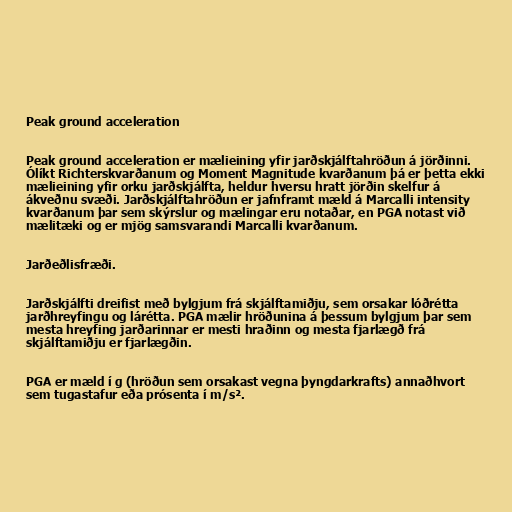
Peak ground acceleration

Peak ground acceleration er mælieining yfir jarðskjálftahröðun á jörðinni.
Ólíkt Richterskvarðanum og Moment Magnitude kvarðanum þá er þetta ekki
mælieining yfir orku jarðskjálfta, heldur hversu hratt jörðin skelfur á
ákveðnu svæði. Jarðskjálftahröðun er jafnframt mæld á Marcalli intensity
kvarðanum þar sem skýrslur og mælingar eru notaðar, en PGA notast við
mælitæki og er mjög samsvarandi Marcalli kvarðanum.

Jarðeðlisfræði.

Jarðskjálfti dreifist með bylgjum frá skjálftamiðju, sem orsakar lóðrétta
jarðhreyfingu og lárétta. PGA mælir hröðunina á þessum bylgjum þar sem
mesta hreyfing jarðarinnar er mesti hraðinn og mesta fjarlægð frá
skjálftamiðju er fjarlægðin.

PGA er mæld í g (hröðun sem orsakast vegna þyngdarkrafts) annaðhvort
sem tugastafur eða prósenta í m/s².